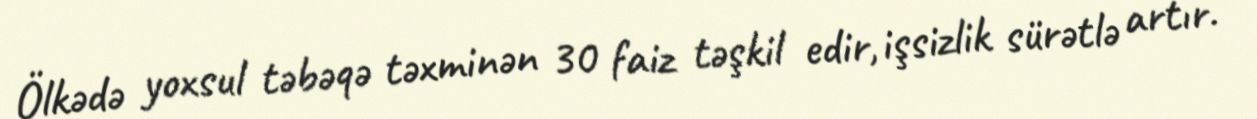
Ölkədə yoxsul təbəqə təxminən 30 faiz təşkil edir, işsizlik sürətlə artır.